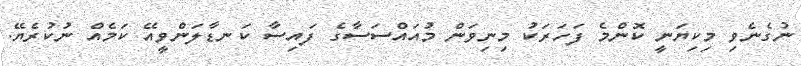
ނުގެނެވި މިކިޔަނީ ކޮންމެ ފަހަރަކު މިނިވަން މުއައްސަސާގެ ފައިސާ ކަނޑާލަންވީއޭ ކަމެއް ނުކުރެޔޭ.